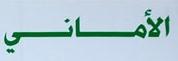
الأماني